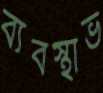
ব্যবস্থাভ